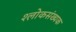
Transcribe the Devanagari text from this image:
श्लोकसंख्यक